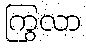
ကြွလာ